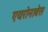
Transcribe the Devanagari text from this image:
एयरोनावेस